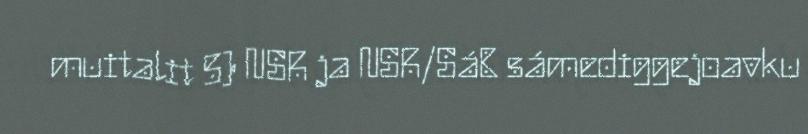
muitalit 5) NSR ja NSR/SáB sámediggejoavku